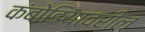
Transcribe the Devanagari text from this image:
कंबोडियावरील